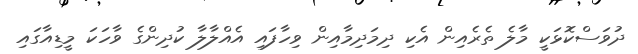
ދުވަސްކޮޅަކީ މާލެ ތެރެއިން އެކި ދިމަދިމާއިން ވިހާފައި އެއްލާލާ ކުދިންގެ ވާހަކަ މީޑިއާގައި